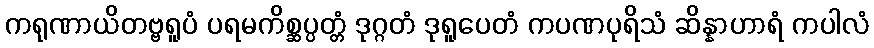
ကရုဏာယိတဗ္ဗရူပံ ပရမကိစ္ဆပ္ပတ္တံ ဒုဂ္ဂတံ ဒုရူပေတံ ကပဏပုရိသံ ဆိန္နာဟာရံ ကပါလံ